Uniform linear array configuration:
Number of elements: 12
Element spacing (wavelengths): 0.75
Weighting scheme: binomial
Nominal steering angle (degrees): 60
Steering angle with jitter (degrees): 59.037
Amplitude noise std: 0.05
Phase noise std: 0.05

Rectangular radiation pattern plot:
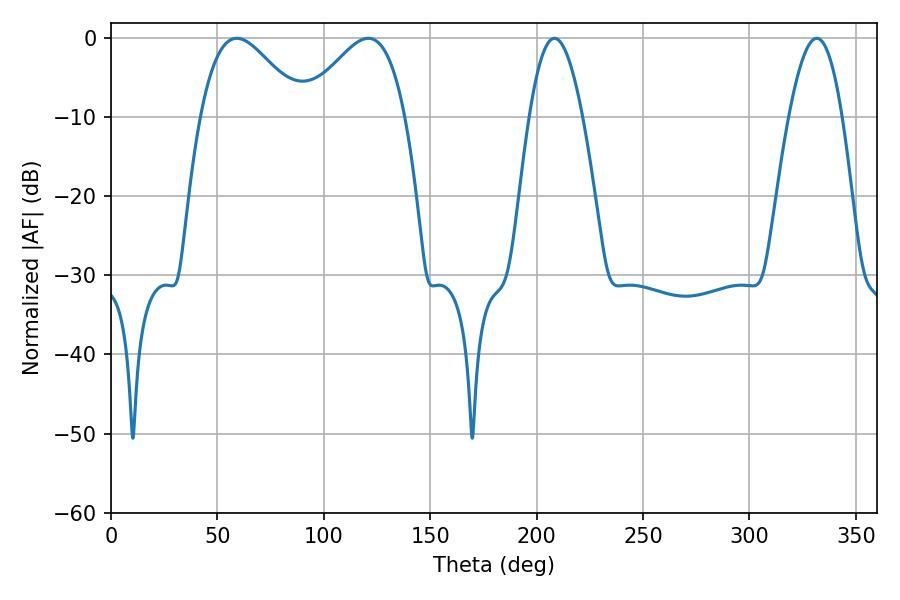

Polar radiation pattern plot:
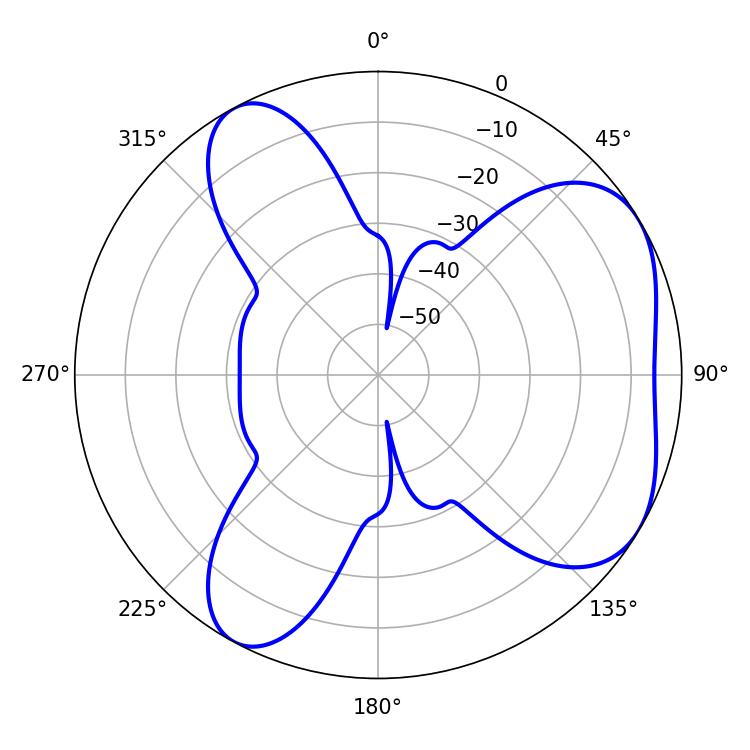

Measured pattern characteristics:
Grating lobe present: TRUE
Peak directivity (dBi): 5.103
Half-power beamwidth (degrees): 25.56
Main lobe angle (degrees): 59.04